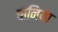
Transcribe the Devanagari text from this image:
बानिया